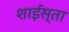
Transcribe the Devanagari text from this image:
शाईस्ता